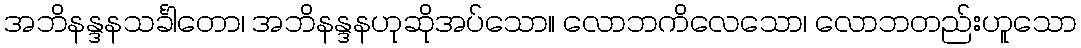
အဘိနန္ဒနသင်္ခါတော၊ အဘိနန္ဒနဟုဆိုအပ်သော။ လောဘကိလေသော၊ လောဘတည်းဟူသော